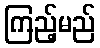
ကြည့်မည်